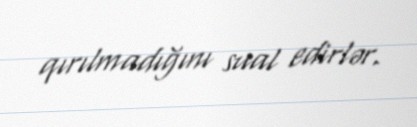
qırılmadığını sual edirlər.